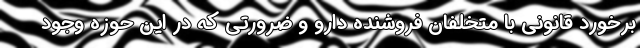
برخورد قانونی با متخلفان فروشنده دارو و ضرورتی که در این حوزه وجود